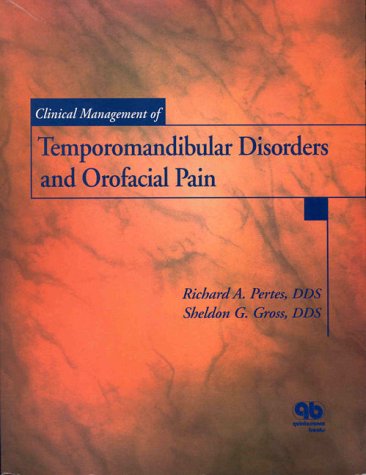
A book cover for Clinical Management of Temporomandibular Disorders and Orofacial Pain; Medical Books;